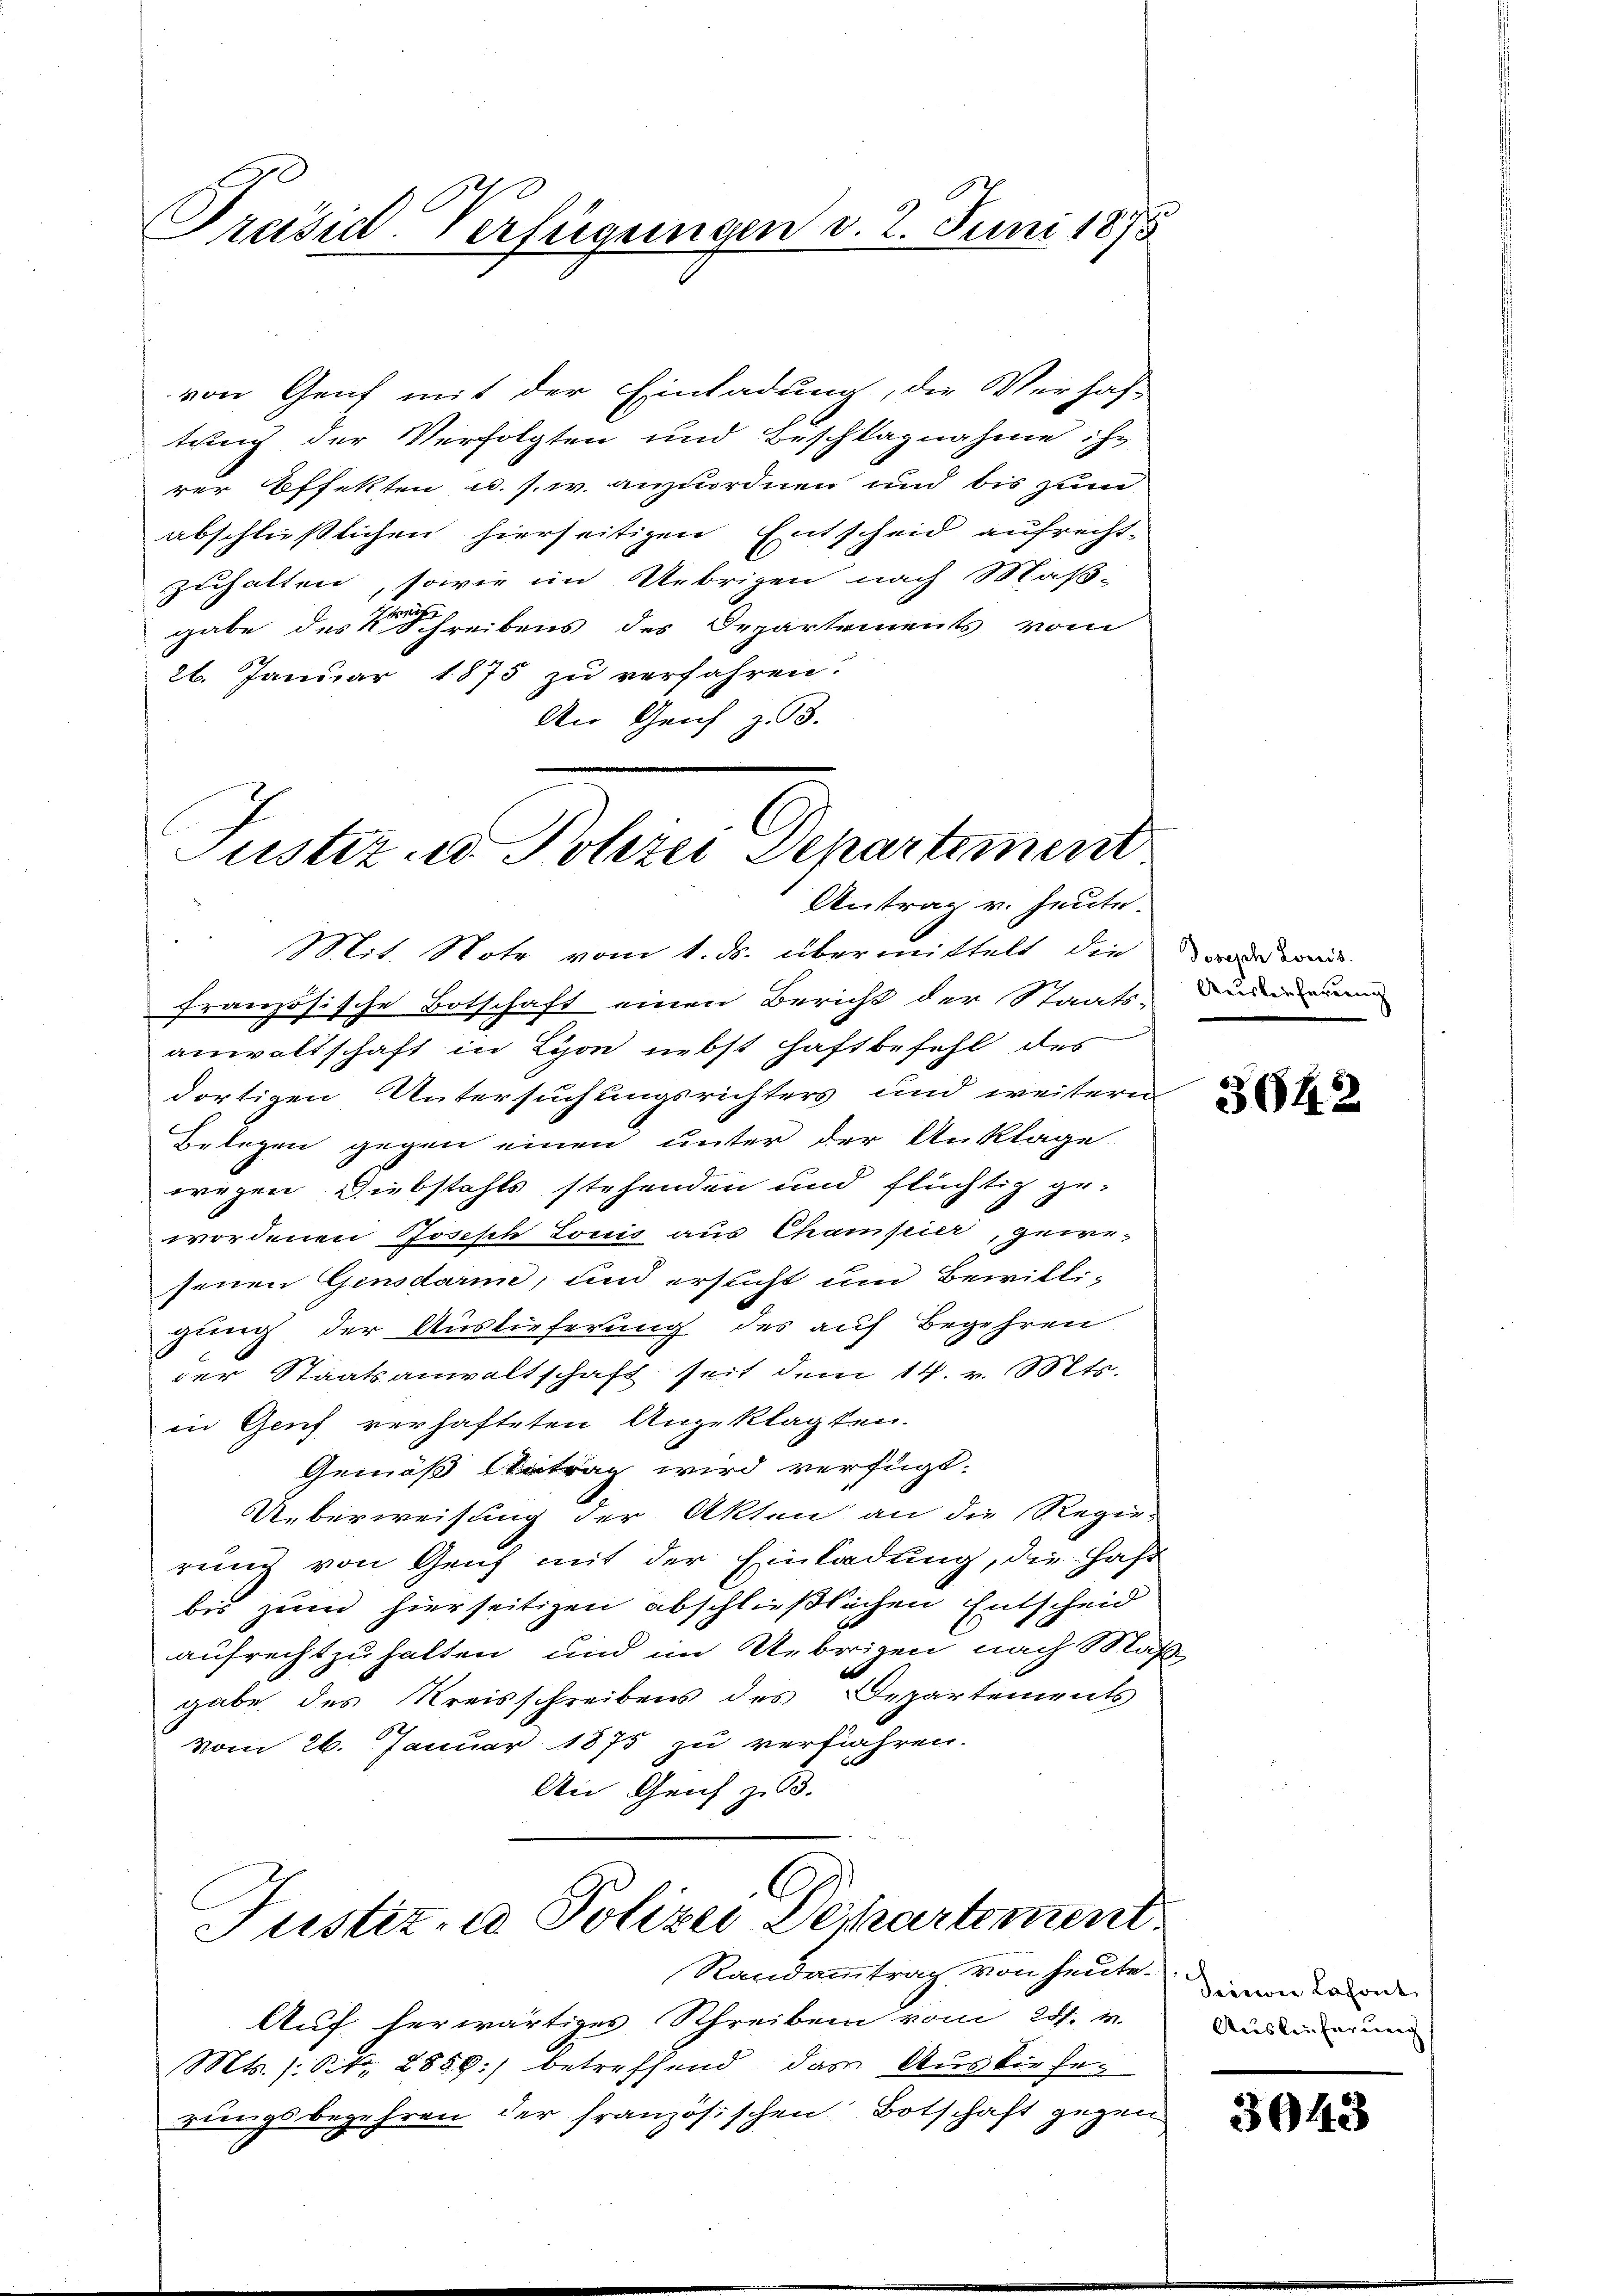
Prasul-Verfügungen d. 2. Juni 1875

von Genf mit der Einladung, die Verhal-
tung der Verfolgten und Beschlagnahme ihr
rer Effekten u. s. w. anzuordnen und bis zum
abschließlichen hierseitigen Entscheid aufrecht-
zuhalten, sowie im Uebrigen nach Maß-
gabe des Schreibens des Departements vom
26. Januar 1875 zu verfahren.
An Genf z. 3.

Justiz- u. Polizei Departement
Antrag v. heute

Mit Note vom 1. ds. übermittelt die
französische Botschaft einen Bericht der Staats-
anwaltschaft in Lyon nebst Haftbefehl des
dortigen Untersuchungsrichters und weitern
Belegen gegen einen unter der Anklage
wegen Diebstahls stehenden und flüchtig ge-
wordenen Joseph Lonis aus Champier, gewesenen Gensdarme, und ersucht um Bewilli-
gung der Auslieferung des auf Begehren
der Staatsanwaltschaft seit dem 14. v. Mts.
in Geich verhafteten Angeklagten.
Gemäß Antrag wird verfügt:
Überweisung der Akten an die Regie-
rung von Genf mit der Einladung, die Jahr
bis zum hierseitigen abschließlichen Entscheid
aufrechtzuhalten und im Uebrigen nach Maß
e
gabe des Kreisschreibens des Departements
vom 26. Januar 1875 zu verführen.
An Genf zu 3.
C
Justiz- u Polizei Departement
Randammtrag von heute.
Auf herwärtiges Schreiben vom 28. v.
Mts. (Sit. 2889) betreffend das Ausliefer
rungsbegehren der französischen Botschaft gegen

Dorisch Lowis.
Auslieferung

5042

Seinen Lahont
Auslieferung

3043